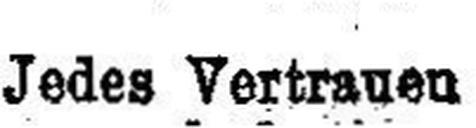
Jedes Vertrauen